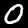
Digit: 0